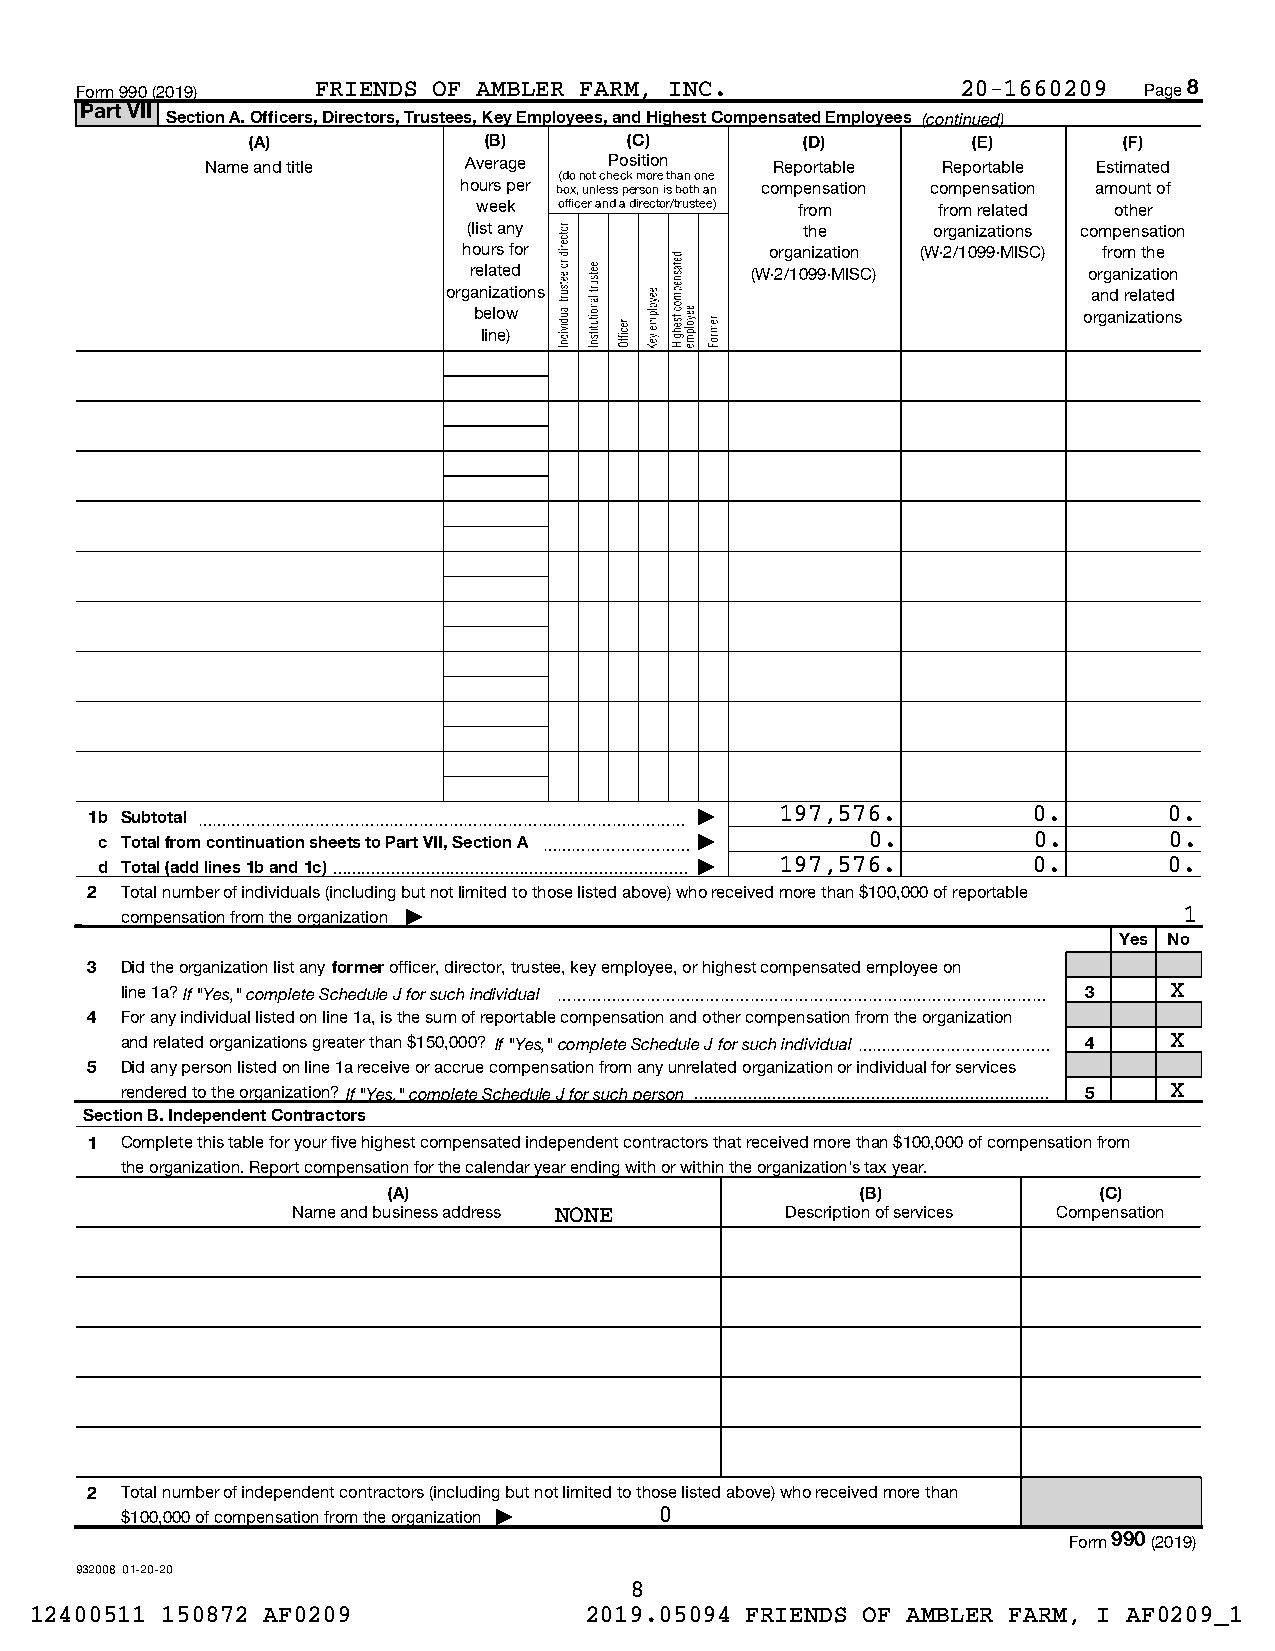
Form 990 (2019) FRIENDS OF AMBLER FARM, INC.               20-1660209  Page 8
 Part VII
 Section A. Officers, Directors, Trustees, Key Employees, and Highest Compensated Employees (continued)
 (A)             (B)       (C)        (D)        (E)       (F)
 Name and title   Average  Position   Reportable Reportable Estimated
 (do not check more than one
 hours per box, unless person is both an compensation compensation amount of
 week officer and a director/trustee) from from related other
 (list any             the      organizations compensation
 hours for           organization (W-2/1099-MISC) from the
 related            (W-2/1099-MISC)       organization
 organizations                             and related
 below                                    organizations
 line)
 1b Subtotal ~~~~~~~~~~~~~~~~~~~~~~~~~~~~~~~~~ | 197,576.      0.       0.
 c Total from continuation sheets to Part VII, Section A ~~~~~~~~~~ | 0. 0. 0.
 d Total (add lines 1b and 1c) | 197,576. 0.   0.
 2 Total number of individuals (including but not limited to those listed above) who received more than $100,000 of reportable
 compensation from the organization |                                  1
 Yes No
 3 Did the organization list any former officer, director, trustee, key employee, or highest compensated employee on
 line 1a? If "Yes," complete Schedule J for such individual ~~~~~~~~~~~~~~~~~~~~~~~~~~~~~~~~~ 3 X
 4 For any individual listed on line 1a, is the sum of reportable compensation and other compensation from the organization
 and related organizations greater than $150,000? If "Yes," complete Schedule J for such individual~~~~~~~~~~~~~ 4 X
 5 Did any person listed on line 1a receive or accrue compensation from any unrelated organization or individual for services
 rendered to the organization? If "Yes," complete Schedule J for such person  5 X
 Section B. Independent Contractors
 1 Complete this table for your five highest compensated independent contractors that received more than $100,000 of compensation from
 the organization. Report compensation for the calendar year ending with or within the organization's tax year.
 (A)                            (B)             (C)
 Name and business address NONE   Description of services Compensation
 2 Total number of independent contractors (including but not limited to those listed above) who received more than
 $100,000 of compensation from the organization | 0
 Form990 (2019)
 932008 01-20-20
 8
 12400511 150872 AF0209               2019.05094 FRIENDS OF AMBLER FARM, I AF0209_1